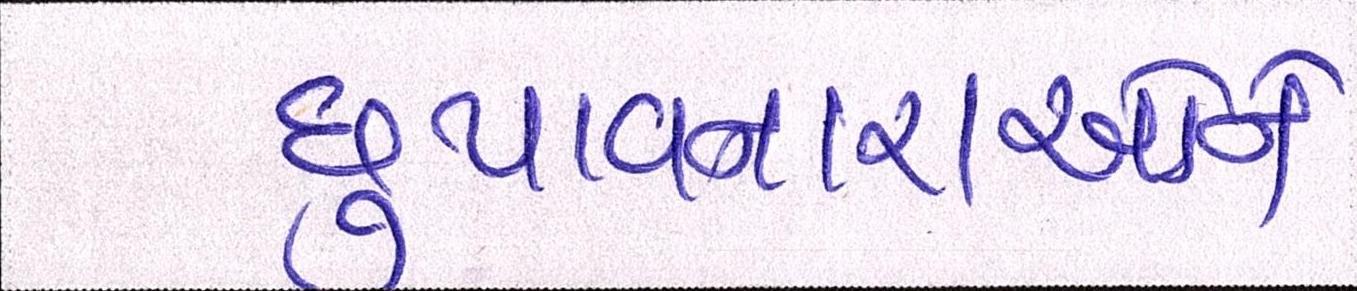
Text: છુપાવનારાઓને